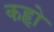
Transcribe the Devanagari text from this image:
कहृो